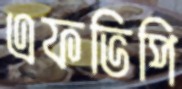
এফভিপি